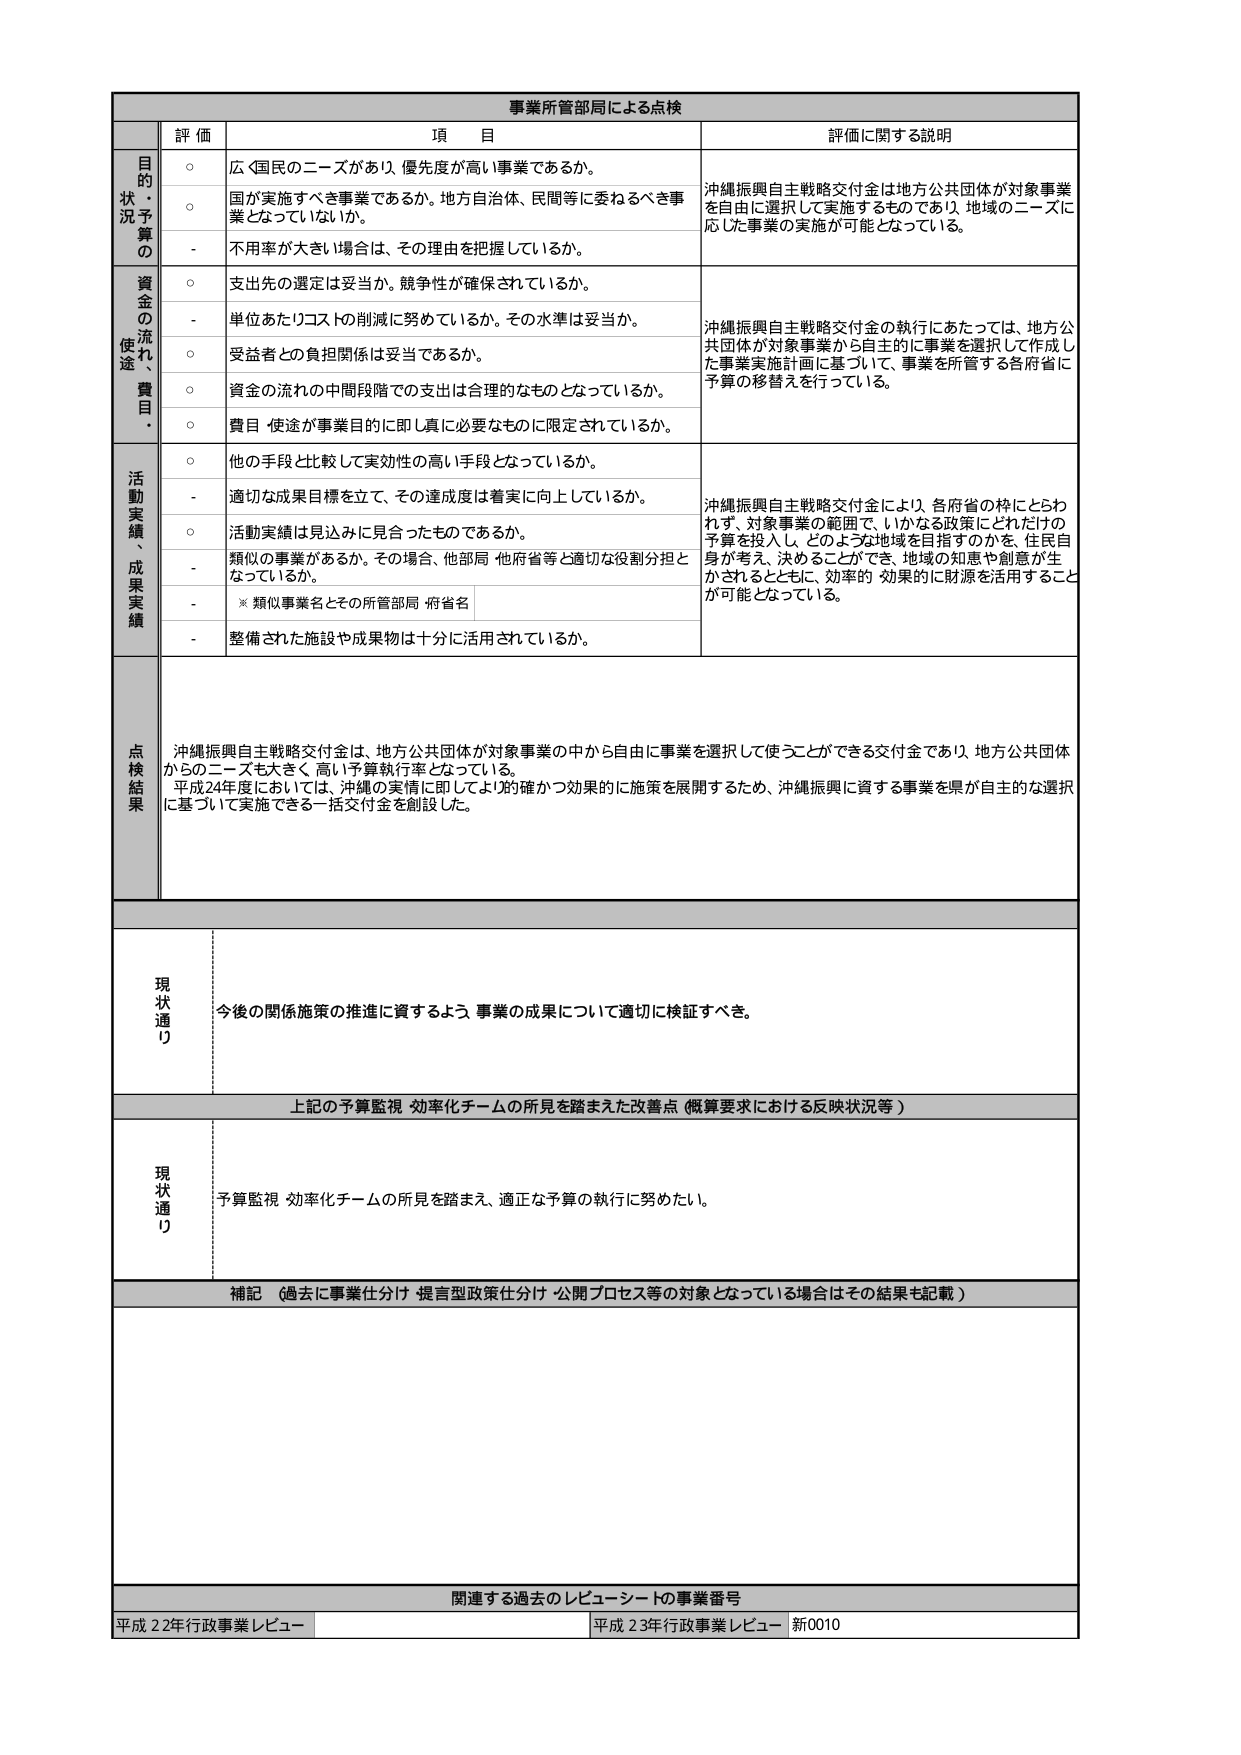
事業所管部局による点検

評価 項目 評価に関する説明

目的・状況・予算の
○ 広く国民のニーズがあり、優先度が高い事業であるか。
○ 国が実施すべき事業であるか。地方自治体、民間等に委ねるべき事業となっていないか。
- 不用率が大きい場合は、その理由を把握しているか。
沖縄振興自主戦略交付金は地方公共団体が対象事業を自由に選択して実施するものであり、地域のニーズに応じた事業の実施が可能となっている。

資金の流れ・使途・費目・
○ 支出先の選定は妥当か。競争性が確保されているか。
- 単位あたりコストの削減に努めているか。その水準は妥当か。
○ 受益者との負担関係は妥当であるか。
○ 資金の流れの中間段階での支出は合理的なものとなっているか。
○ 費目・使途が事業目的に即し真に必要なものに限定されているか。
沖縄振興自主戦略交付金の執行にあたっては、地方公共団体が対象事業から自主的に事業を選択して作成した事業実施計画に基づいて、事業を所管する各府省に予算の移替えを行っている。

活動実績・成果実績
○ 他の手段と比較して実効性の高い手段となっているか。
- 適切な成果目標を立て、その達成度は着実に向上しているか。
○ 活動実績は見込みに見合ったものであるか。
- 類似の事業があるか。その場合、他部局・他府省等と適切な役割分担となっているか。
※類似事業名とその所管部局・府省名
- 整備された施設や成果物は十分に活用されているか。
沖縄振興自主戦略交付金により、各府省の枠にとらわれず、対象事業の範囲で、いかなる政策にどれだけの予算を投入し、どのような地域を目指すのかを、住民自身が考え、決めることができ、地域の知恵や創意が生かされるとともに、効率的・効果的に財源を活用することが可能となっている。

点検結果
沖縄振興自主戦略交付金は、地方公共団体が対象事業の中から自由に事業を選択して使うことができる交付金であり、地方公共団体からのニーズも大きく、高い予算執行率となっている。
平成24年度においては、沖縄の実情に即してより的確かつ効果的に施策を展開するため、沖縄振興に資する事業を県が自主的な選択に基づいて実施できる一括交付金を創設した。

現状通り
今後の関係施策の推進に資するよう、事業の成果について適切に検証すべき。

上記の予算監視・効率化チームの所見を踏まえた改善点（概算要求における反映状況等）

現状通り
予算監視・効率化チームの所見を踏まえ、適正な予算の執行に努めたい。

補記（過去に事業仕分け・提言型政策仕分け・公開プロセス等の対象となっている場合はその結果も記載）

関連する過去のレビュー・シートの事業番号
平成22年行政事業レビュー 平成23年行政事業レビュー 新0010